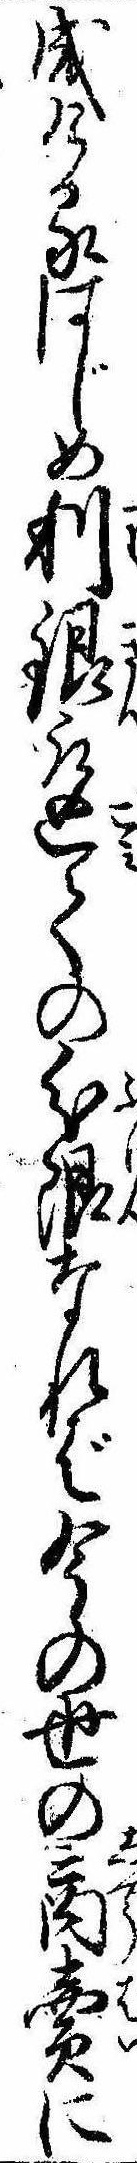
成けるはじめ利銀取込ての分限なれば今の世の商売に